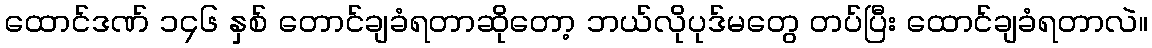
ထောင်ဒဏ် ၁၄၆ နှစ် တောင်ချခံရတာဆိုတော့ ဘယ်လိုပုဒ်မတွေ တပ်ပြီး ထောင်ချခံရတာလဲ။